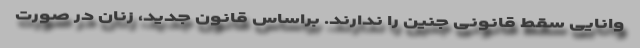
وانایی سقط قانونی جنین را ندارند. براساس قانون جدید، زنان در صورت